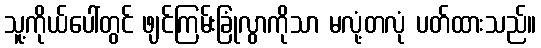
သူ့ကိုယ်ပေါ်တွင် ဖျင်ကြမ်းခြုံလွာကိုသာ မလုံ့တလုံ ပတ်ထားသည်။